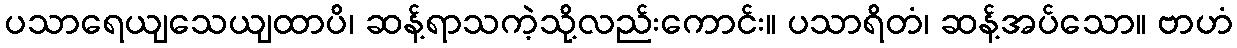
ပသာရေယျသေယျထာပိ၊ ဆန့်ရာသကဲ့သို့လည်းကောင်း။ ပသာရိတံ၊ ဆန့်အပ်သော။ ဗာဟံ